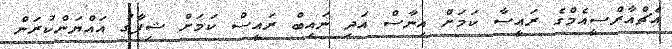
އެޗްއާރްސީއެމްގެ ރައީސާ ކަމަށް އިނާސް އަދި ނައިބް ރައީސް ކަމަށް ޝިފާގު އައްޔަންކުރަން